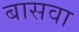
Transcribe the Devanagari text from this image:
बासवा